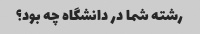
رشته شما در دانشگاه چه بود؟